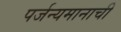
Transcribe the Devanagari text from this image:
पर्जन्यमानाची